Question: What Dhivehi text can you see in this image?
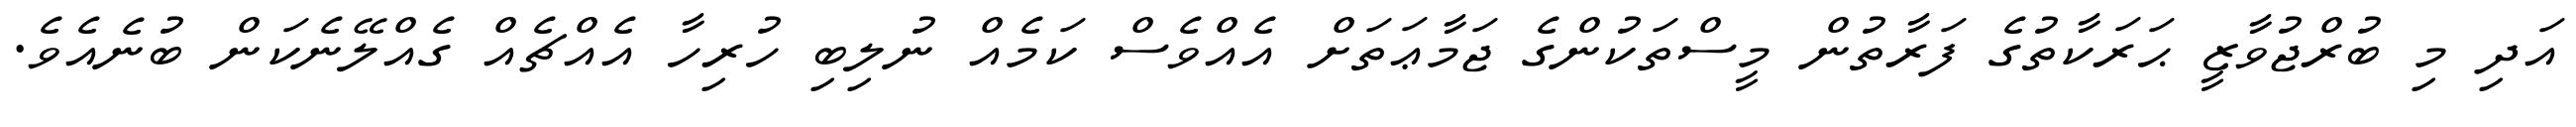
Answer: އަދި މި ބުރްޖުވާޒީ ޙަރަކާތުގެ ފަރާތުން މީސްތަކުންގެ ޖަމާޢަތަށް އެއްވެސް ކަމެއް ނުލިބި ހުރިހާ އެއްޗެއް ގެއްލޭނެކަން ބުނެއެވެ.